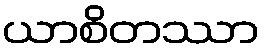
ယာစိတဿာ